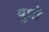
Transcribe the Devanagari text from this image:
युधो